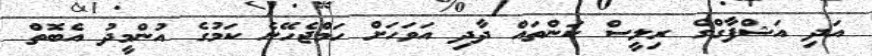
އަދި އަޝްފާގްގެ ރިލީސް ކަންތައް ދާދި އަވަހަށް ހަމްޖެހޭނެ ކަމުގެ އުންމީދު އެބޮތް